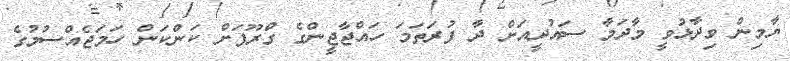
ޔާމިން ވިދާޅުވީ މާދަމާ ސައުދީއަށް ދާ ފުރަތަމަ ހައްޖާޖީންގެ ގްރޫޕަށް ކަންކަން ހަމަޖެއްސުމުގެ